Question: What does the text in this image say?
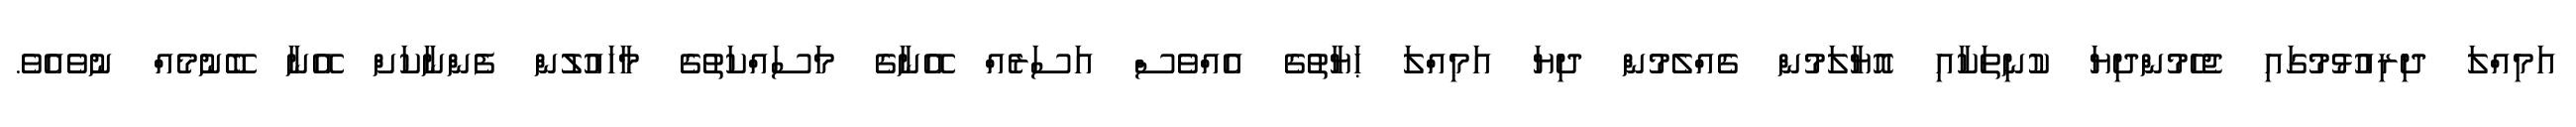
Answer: އަމިއްލަ ދިރިއުޅުމުގައި ޖެހެމުންދިޔަ ކުނިތަކާއި އޮޔާލަމުން ގެއްލެމުން ދިޔަ އަމިއްލަ ޙަޔާތުގެ އެއްވެސް އަސަރެއް އޭނާގެ މަސައްކަތުގެ މާހައުލުން ފެންނާކަށް އޭނާ ބޭނުމެއް ނުވެއެވެ.